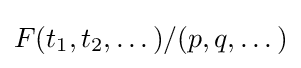
F(t_{1},t_{2},\dots )/(p,q,\dots )